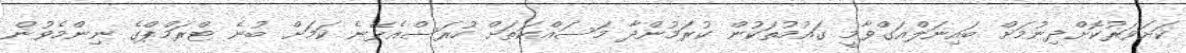
ކަށަވަރުކޮށްދިނުމަށް ބައިނަލްއަގްވާމީ ގައުމުތަކުން ކުރަމުންދާ މަސައްކަތަށް ހުރަސްއެޅޭނެ ކަމަށް ބުނެ ޓްރަމްޕްގެ ނިންމެވުން